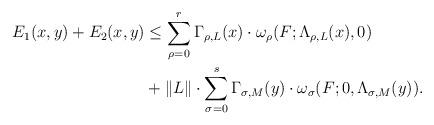
LaTeX: \begin{align*}E_1(x,y)+E_2(x,y)&\leq\displaystyle\sum_{\rho=0}^r\Gamma_{\rho,L}(x)\cdot\omega_{\rho}(F;\Lambda_{\rho,L}(x),0)\\&+\|L\|\cdot\displaystyle\sum_{\sigma=0}^s\Gamma_{\sigma,M}(y)\cdot\omega_{\sigma}(F;0,\Lambda_{\sigma,M}(y)).\end{align*}